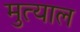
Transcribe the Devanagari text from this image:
मुत्याल